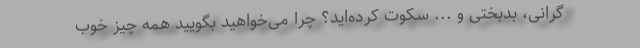
گرانی، بدبختی و ... سکوت کرده‌اید؟ چرا می‌خواهید بگویید همه چیز خوب